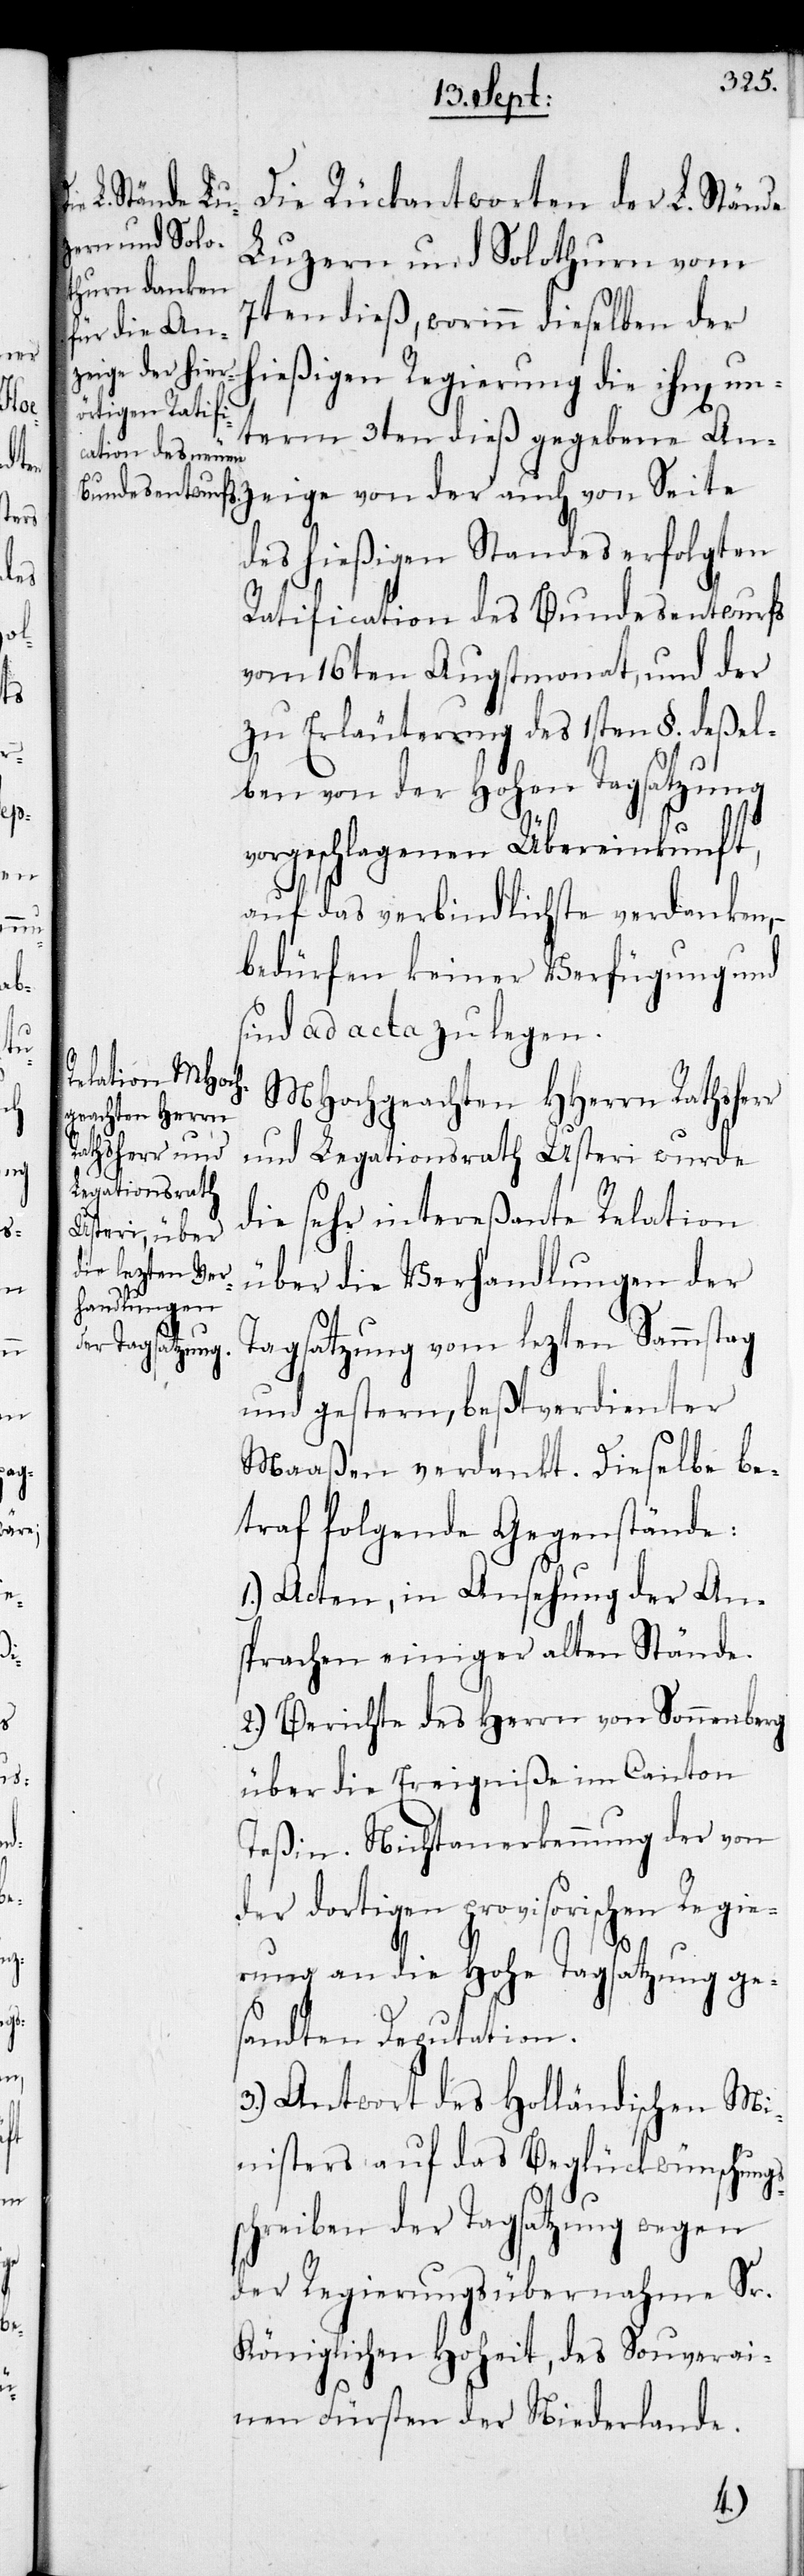
r

Die Rückantworten der L. Stände
Luzern und Solothrun vom
7ten dieß, worinn dieselben der
hießigen Regierung die ihnen un¬
term 3ten dieß gegebene An¬
zeige von der auch von Seite
des hießigen Standes erfolgten
Ratification des Bundesentwurfs
vom 16ten Augstmonat, und der
zu Erläuterung des 1sten §. deßel¬
ben von der Hohen Tagsatzung
orgeschlagenen Übereinkunft,
auf das verbindlichste verdanken,
bedürfen keiner Verfügung und
sind ad acta zu legen.
MHochgeachten HHerrn Rathsher¬
und Legationsrath Usteri wurde
die sehr intereßante Relation
über die Verhandlungen der
Tagsatzung vom lezten Sammstag
und gestern, beßtverdienter
Maaßen verdankt. Dieselbe be¬
traf folgende Gegenstände:
1.) Acten, in Ansehung der An¬
sprachen einiger alten Stände.
2.) Berichte des Herrn von Sonnenberg
über die Ereigniße im Canton
Teßin. Nichtanerkennung der von
der dortigen provisorischen Regie¬
ss¬
rung an die Hohe Tagsatzung ge¬
sandten Deputation.
3.) Antwort des Holländischen Mi¬
nisters auf das Beglückwünschung¬
chreiben der Tagsatzung wegen
der Regierungsübernahme Sr.
Königlichen Hoheit, des Souverai¬
nen Fürsten der Niederlande.